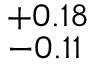
^ { + 0 . 1 8 } _ { - 0 . 1 1 }